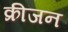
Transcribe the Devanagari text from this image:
क्रीजन